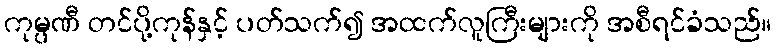
ကုမ္ပဏီ တင်ပို့ကုန်နှင့် ပတ်သက်၍ အထက်လူကြီးများကို အစီရင်ခံသည်။